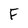
Character: F